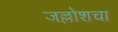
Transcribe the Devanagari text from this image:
जल्लोशचा